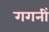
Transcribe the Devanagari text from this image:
गगनीं